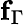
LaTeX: \mathbf{f}_{\Gamma}